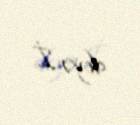
deyə İ.